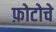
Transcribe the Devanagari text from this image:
फ़ोटोचे